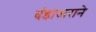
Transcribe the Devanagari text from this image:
दंडाअराने